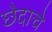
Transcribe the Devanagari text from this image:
छेदाचे